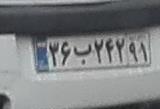
۳۶ب۲۴۲۹۱